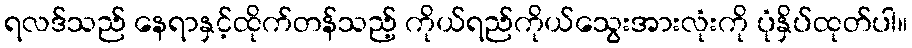
ရလဒ်သည် နေရာနှင့်ထိုက်တန်သည့် ကိုယ်ရည်ကိုယ်သွေးအားလုံးကို ပုံနှိပ်ထုတ်ပါ။